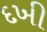
દખી